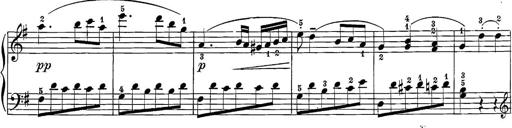
Title: 12 Sonatine per Pianoforte
Composer: Friedrich Kuhlau